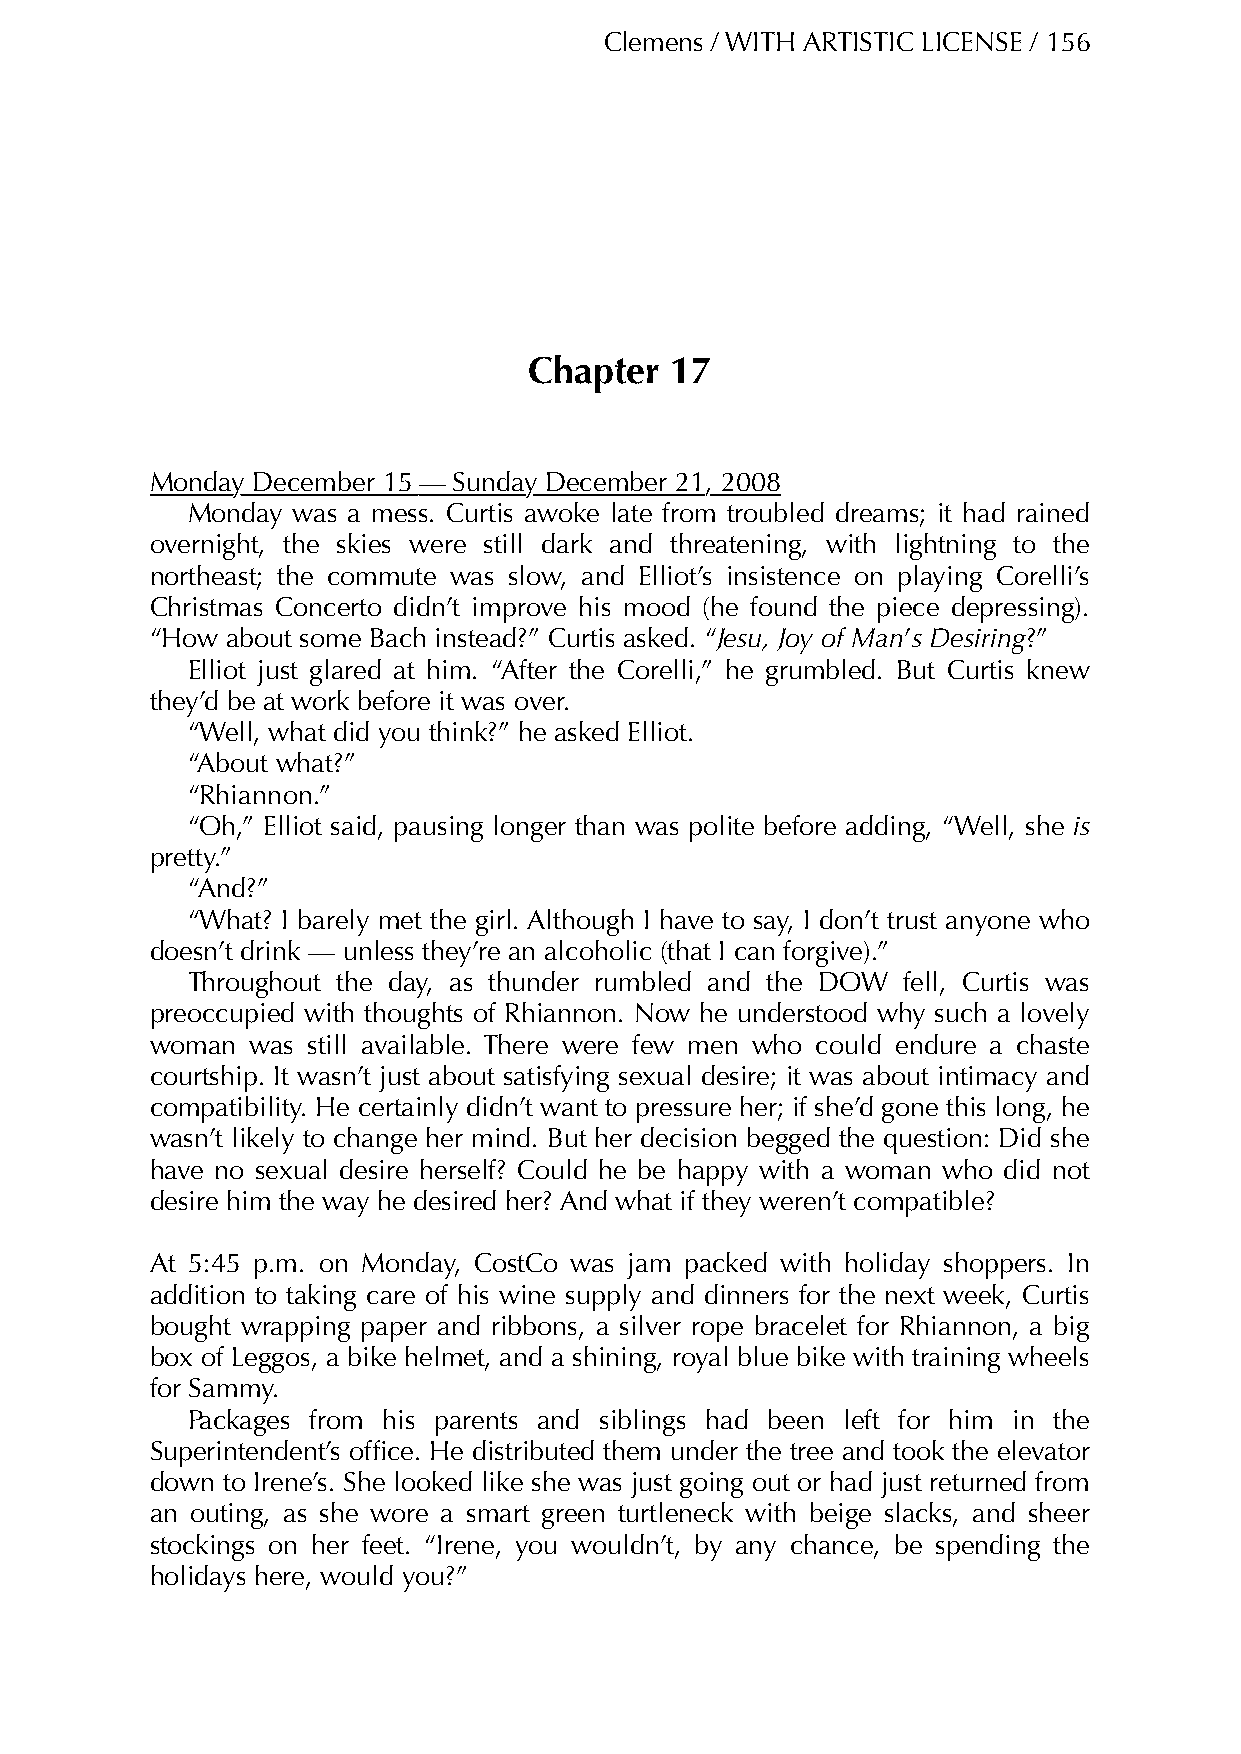
Clemens / WITH ARTISTIC LICENSE / 156
 Chapter  17
 Monday December 15 — Sunday December 21, 2008
 Monday was a mess. Curtis awoke late from troubled dreams; it had rained
 overnight, the skies were still dark and threatening, with lightning to the
 northeast; the commute was slow, and Elliot’s insistence on playing Corelli’s
 Christmas Concerto didn’t improve his mood (he found the piece depressing).
 “How about some Bach instead?” Curtis asked. “Jesu, Joy of Man’s Desiring?”
 Elliot just glared at him. “After the Corelli,” he grumbled. But Curtis knew
 they’d be at work before it was over.
 “Well, what did you think?” he asked Elliot.
 “About what?”
 “Rhiannon.”
 “Oh,” Elliot said, pausing longer than was polite before adding, “Well, she is
 pretty.”
 “And?”
 “What? I barely met the girl. Although I have to say, I don’t trust anyone who
 doesn’t drink — unless they’re an alcoholic (that I can forgive).”
 Throughout the day, as thunder rumbled and the DOW fell, Curtis was
 preoccupied with thoughts of Rhiannon. Now he understood why such a lovely
 woman  was still available. There were few men who could endure a chaste
 courtship. It wasn’t just about satisfying sexual desire; it was about intimacy and
 compatibility. He certainly didn’t want to pressure her; if she’d gone this long, he
 wasn’t likely to change her mind. But her decision begged the question: Did she
 have no sexual desire herself? Could he be happy with a woman who did not
 desire him the way he desired her? And what if they weren’t compatible?
 At 5:45 p.m. on Monday, CostCo was jam packed with holiday shoppers. In
 addition to taking care of his wine supply and dinners for the next week, Curtis
 bought wrapping paper and ribbons, a silver rope bracelet for Rhiannon, a big
 box of Leggos, a bike helmet, and a shining, royal blue bike with training wheels
 for Sammy.
 Packages from his parents and siblings had been left for him in the
 Superintendent’s office. He distributed them under the tree and took the elevator
 down to Irene’s. She looked like she was just going out or had just returned from
 an outing, as she wore a smart green turtleneck with beige slacks, and sheer
 stockings on her feet. “Irene, you wouldn’t, by any chance, be spending the
 holidays here, would you?”